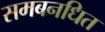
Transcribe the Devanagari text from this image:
समबनधित